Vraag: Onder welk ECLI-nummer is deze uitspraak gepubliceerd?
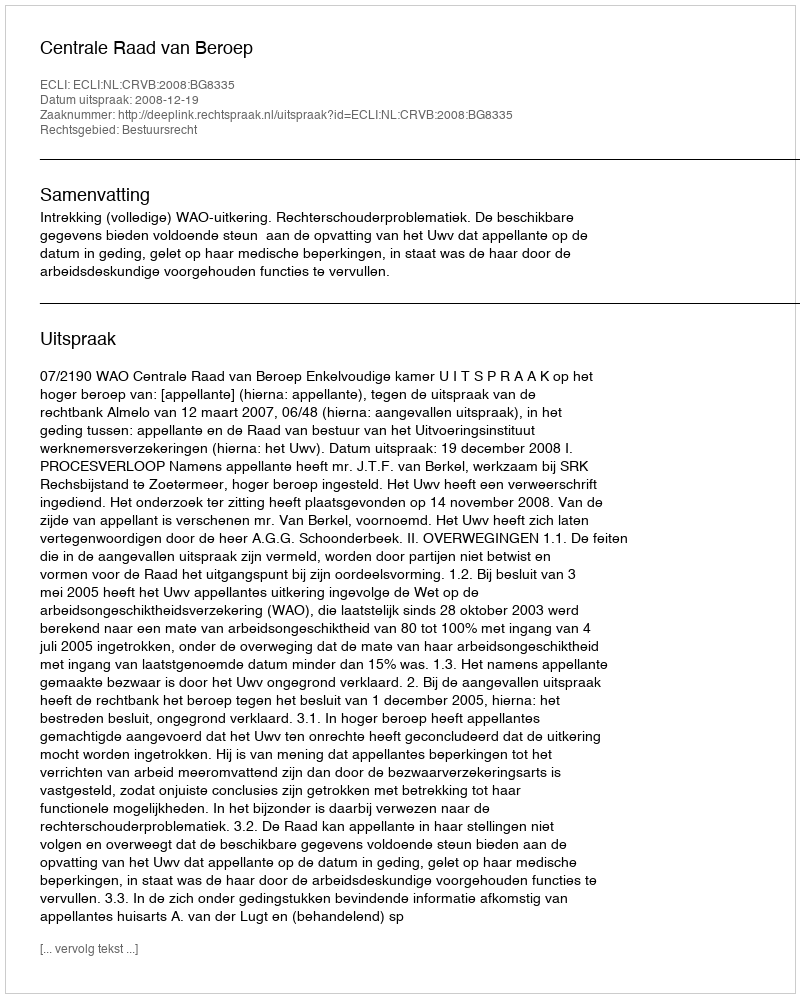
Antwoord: ECLI:NL:CRVB:2008:BG8335